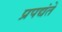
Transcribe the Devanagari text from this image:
प्रपद्यंते